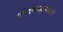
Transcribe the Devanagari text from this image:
पर्यटनस्थळापेक्षाही